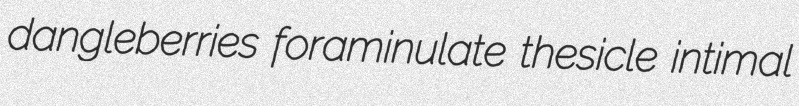
dangleberries foraminulate thesicle intimal